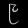
Digit: ၉